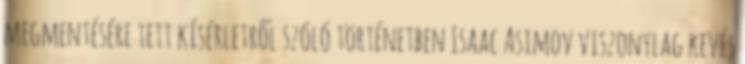
megmentésére tett kísérletről szóló történetben Isaac Asimov viszonylag kevés